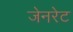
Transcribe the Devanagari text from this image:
जेनरेट